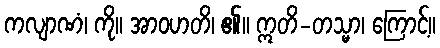
ကလျာဏံ၊ ကို။ အာဝဟတိ၊ ၏။ ဣတိ-တသ္မာ၊ ကြောင့်။